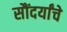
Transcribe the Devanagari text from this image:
सौंदर्यांचे